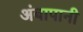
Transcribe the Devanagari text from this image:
अंबापानी